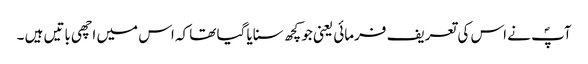
آپؐ نے اس کی تعریف فرمائی یعنی جو کچھ سنایا گیا تھا کہ اس میں اچھی باتیں ہیں ۔